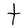
Character: t